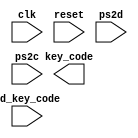
`timescale 1ns / 1ps
//////////////////////////////////////////////////////////////////////////////////
// Company: 
// Engineer: 
// 
// Design Name: 
// Module Name:    kb_code 
// Project Name: 
// Target Devices: 
// Tool versions: 
// Description: 
//
// Dependencies: 
//
// Revision: 
// Revision 0.01 - File Created
// Additional Comments: 
//
//////////////////////////////////////////////////////////////////////////////////
module kb_code(
	input wire clk, reset,
	input wire ps2d, ps2c, rd_key_code,
	output wire [7:0] key_code
    );

//constant declaration
localparam BRK = 8'hf0; //break code

//symbolic state declaration
localparam 
	wait_brk = 1'b0,
	get_code = 1'b1;
	
//signal declaration	
reg state_reg, state_next;
wire [7:0] scan_out;
reg got_code_tick;
wire scan_done_tick;

//body	
//instantiate ps2 receiver
//ps2_rx ps2_rx_unit
//(.clk(clk),.reset(reset),.rx_en(1'b1),
 //.ps2d(ps2d),.ps2c(ps2c),
 //. rx_done_tick(scan_done_tick),.dout(scan_out));
/*
always @(posedge clk)
begin
if (got_code_tick)
key_code = 8'h00;
else
key_code = scan_out;
end
*/
//FSM to get the scan code
//state registers
always @(posedge clk, posedge reset)
	if (reset)
		state_reg <= wait_brk;
	else
		state_reg <= state_next;
	
always @*
begin
	got_code_tick = 1'b0;
	state_next = state_reg;
	case (state_reg)
		wait_brk: //wait for F0 of break code
			if (scan_done_tick == 1'b1 && scan_out == BRK)
				state_next = get_code;
				
	get_code:
		if (scan_done_tick)
			begin
				got_code_tick = 1'b1;
				state_next = wait_brk;
			end
	endcase
end	
	
endmodule